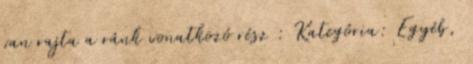
van rajta a ránk vonatkozó rész : Kategória: Egyéb,